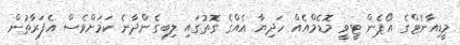
މީޑިއާނެޓްގެ އޯޕެން ޓީވީ މޮޑެމްއެއް ހަދިޔާ އެއްގެ ގޮތުގައި ލިބިގެންދާނެ ކަމަށްވެސް އެފަރާތުން